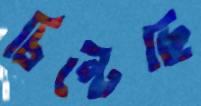
চিপ্‌টেছি